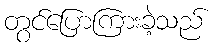
တွင်ပြောကြားခဲ့သည်